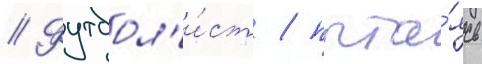
// Футбол'и́ст / пыта́ясь